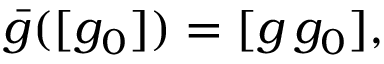
\begin{array} { r } { \bar { g } ( [ g _ { 0 } ] ) = [ g \, g _ { 0 } ] , } \end{array}